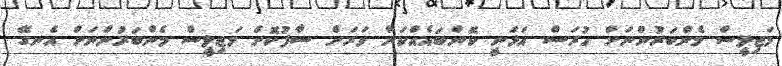
މަޖިލީސް މެންބަރުންނަށް ހުރަސް އަޅަނީ ކޮންބައެއްކަން ވަރަށް ސާފުކޮށް މަޖިލީސް މެންބަރުންނަށް އެނގޭ